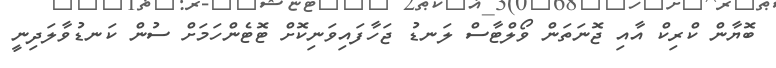
ބޮޔާން ކްރިކް އާއި ޖޮނަތަން ވޯލްޓާސް ލަނޑު ޖަހާފައިވަނިކޮށް ޓޮޓެންހަމަށް ސުން ކަނޑުވާލަދިނީ